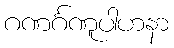
ဂဏင်္ဂဏူပါဟနာ